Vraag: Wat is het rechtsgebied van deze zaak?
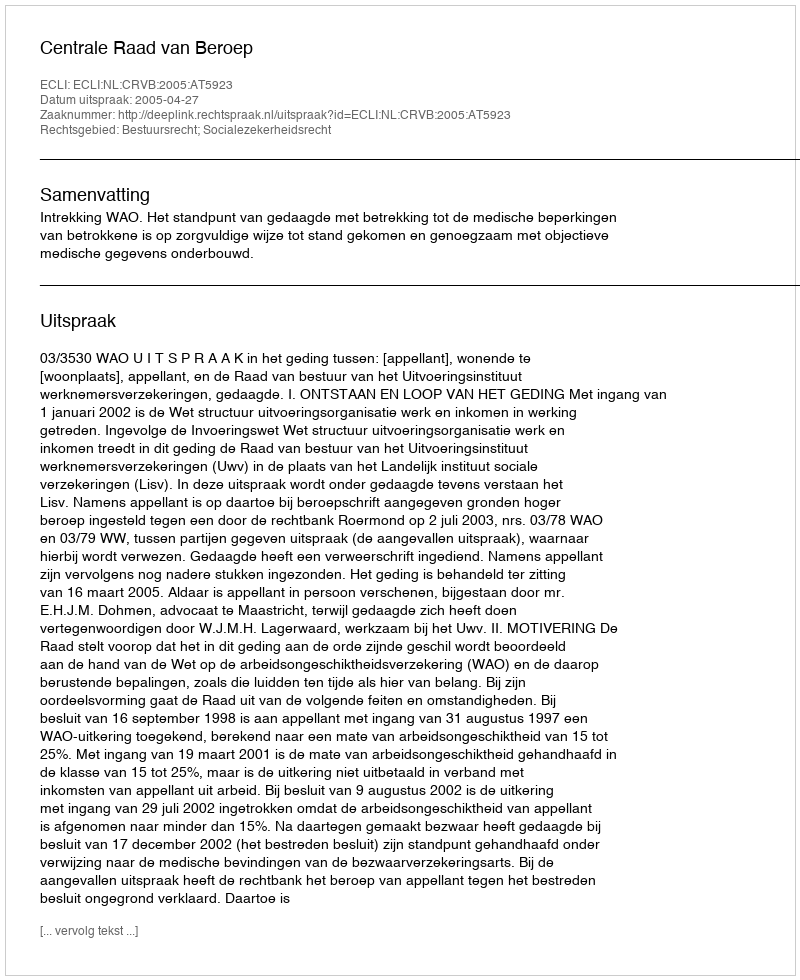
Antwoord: Bestuursrecht; Socialezekerheidsrecht